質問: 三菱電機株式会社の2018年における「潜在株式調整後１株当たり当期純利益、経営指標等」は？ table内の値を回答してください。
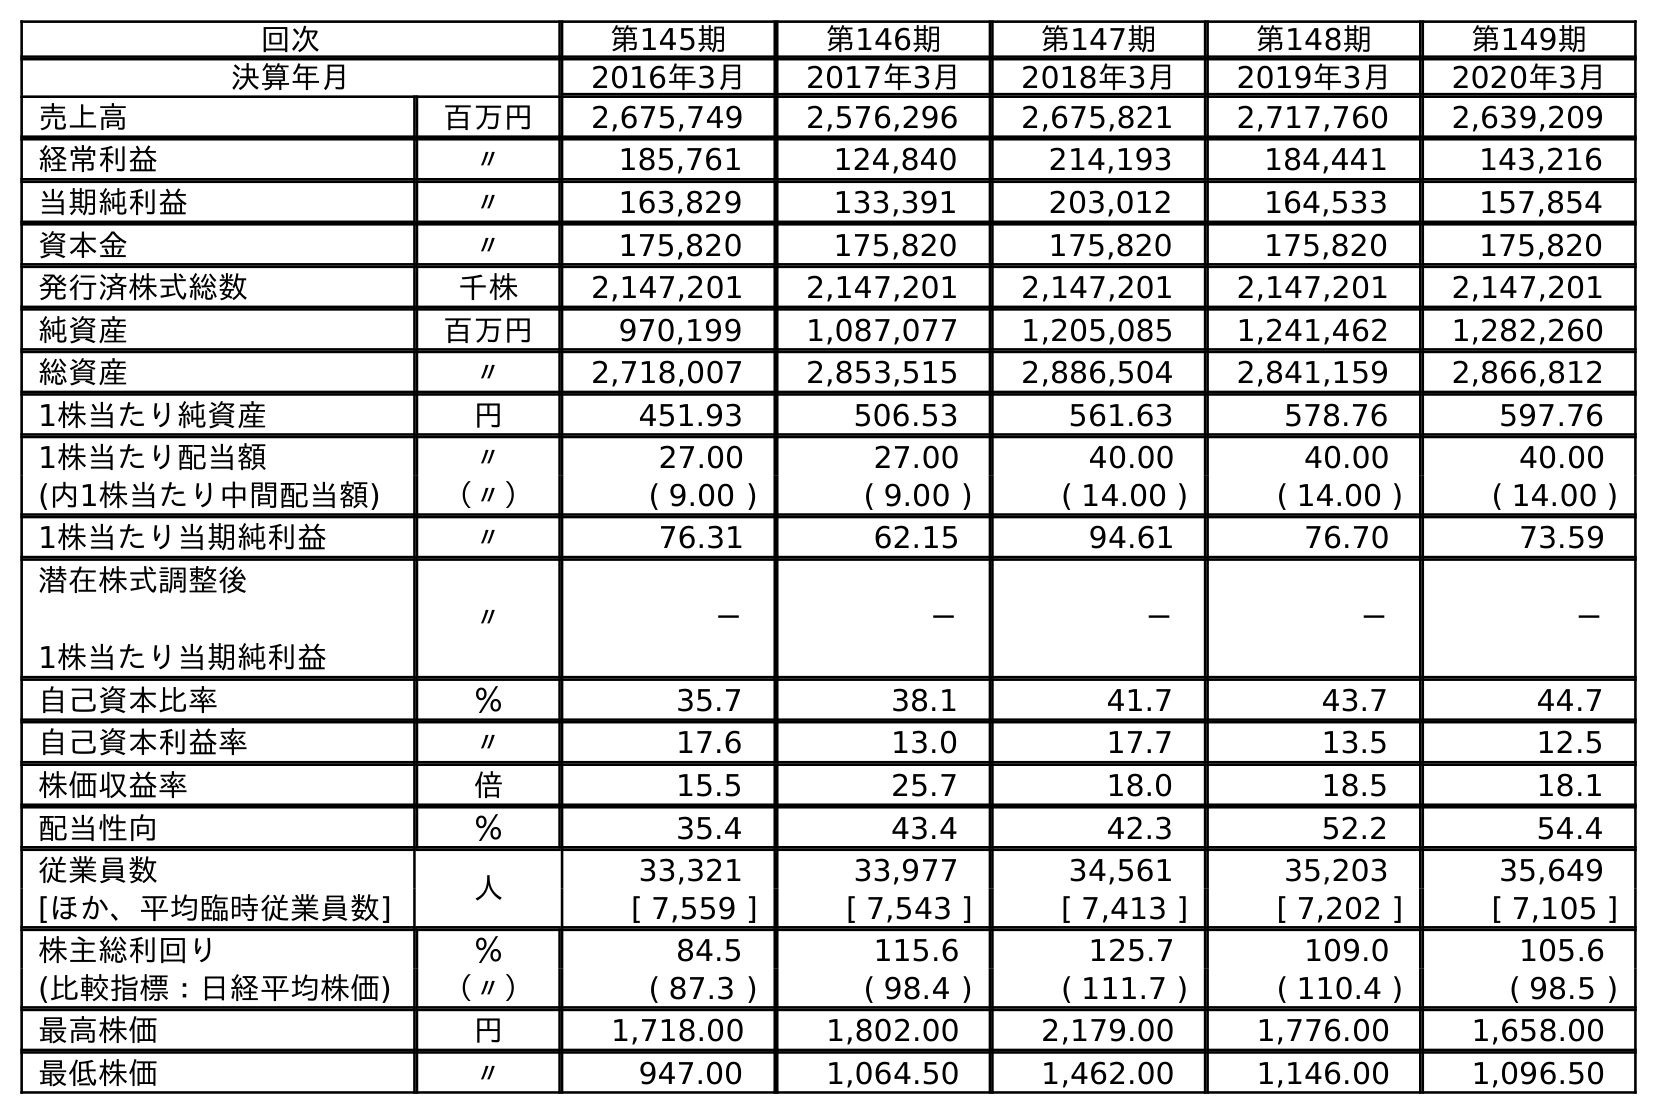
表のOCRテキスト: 回次 第145期 第146期 第147期 第148期 第149期 決算年月 2016年3月 2017年3月 2018年3月 2019年3月 2020年3月 売上高 百万円 2,675,749 2,576,296 2,675,821 2,717,760 2,639,209 経常利益 〃 185,761 124,840 214,193 184,441 143,216 当期純利益 〃 163,829 133,391 203,012 164,533 157,854 資本金 〃 175,820 175,820 175,820 175,820 175,820 発行済株式総数 千株 2,147,201 2,147,201 2,147,201 2,147,201 2,147,201 純資産 百万円 970,199 1,087,077 1,205,085 1,241,462 1,282,260 総資産 〃 2,718,007 2,853,515 2,886,504 2,841,159 2,866,812 1株当たり純資産 円 451.93 506.53 561.63 578.76 597.76 1株当たり配当額 〃 27.00 27.00 40.00 40.00 40.00 (内1株当たり中間配当額) （〃） ( 9.00 ) ( 9.00 ) ( 14.00 ) ( 14.00 ) ( 14.00 ) 1株当たり当期純利益 〃 76.31 62.15 94.61 76.70 73.59 潜在株式調整後 1株当たり当期純利益 〃 － － － － － 自己資本比率 ％ 35.7 38.1 41.7 43.7 44.7 自己資本利益率 〃 17.6 13.0 17.7 13.5 12.5 株価収益率 倍 15.5 25.7 18.0 18.5 18.1 配当性向 ％ 35.4 43.4 42.3 52.2 54.4 従業員数 人 33,321 33,977 34,561 35,203 35,649 [ほか、平均臨時従業員数] [ 7,559 ] [ 7,543 ] [ 7,413 ] [ 7,202 ] [ 7,105 ] 株主総利回り ％ 84.5 115.6 125.7 109.0 105.6 (比較指標：日経平均株価) （〃） ( 87.3 ) ( 98.4 ) ( 111.7 ) ( 110.4 ) ( 98.5 ) 最高株価 円 1,718.00 1,802.00 2,179.00 1,776.00 1,658.00 最低株価 〃 947.00 1,064.50 1,462.00 1,146.00 1,096.50
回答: －